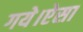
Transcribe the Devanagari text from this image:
गये।ऐसा